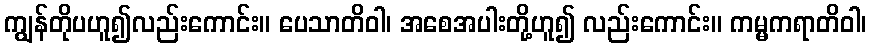
ကျွန်တိုပဟူ၍လည်းကောင်း။ ပေသာတိဝါ၊ အစေအပါးတို့ဟူ၍ လည်းကောင်း။ ကမ္မကရာတိဝါ၊